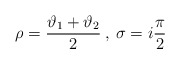
\begin{align*}\rho =\displaystyle\frac{\vartheta _{1}+\vartheta _{2}}{2}\: ,\: \sigma =i\displaystyle\frac{\pi }{2}\end{align*}